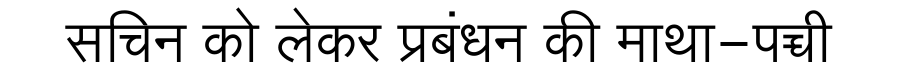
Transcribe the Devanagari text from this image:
सचिन को लेकर प्रबंधन की माथा-पच्ची